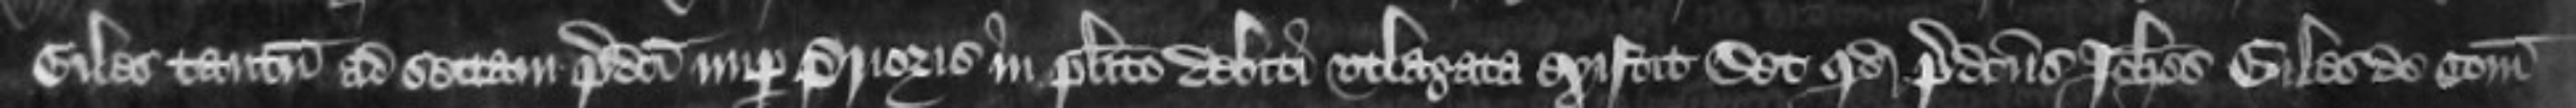
Giles tantum ad sectam predicti nuper Prioris in placito debiti utlagata existit Set quod predictus Johannes Giles de Comitatu